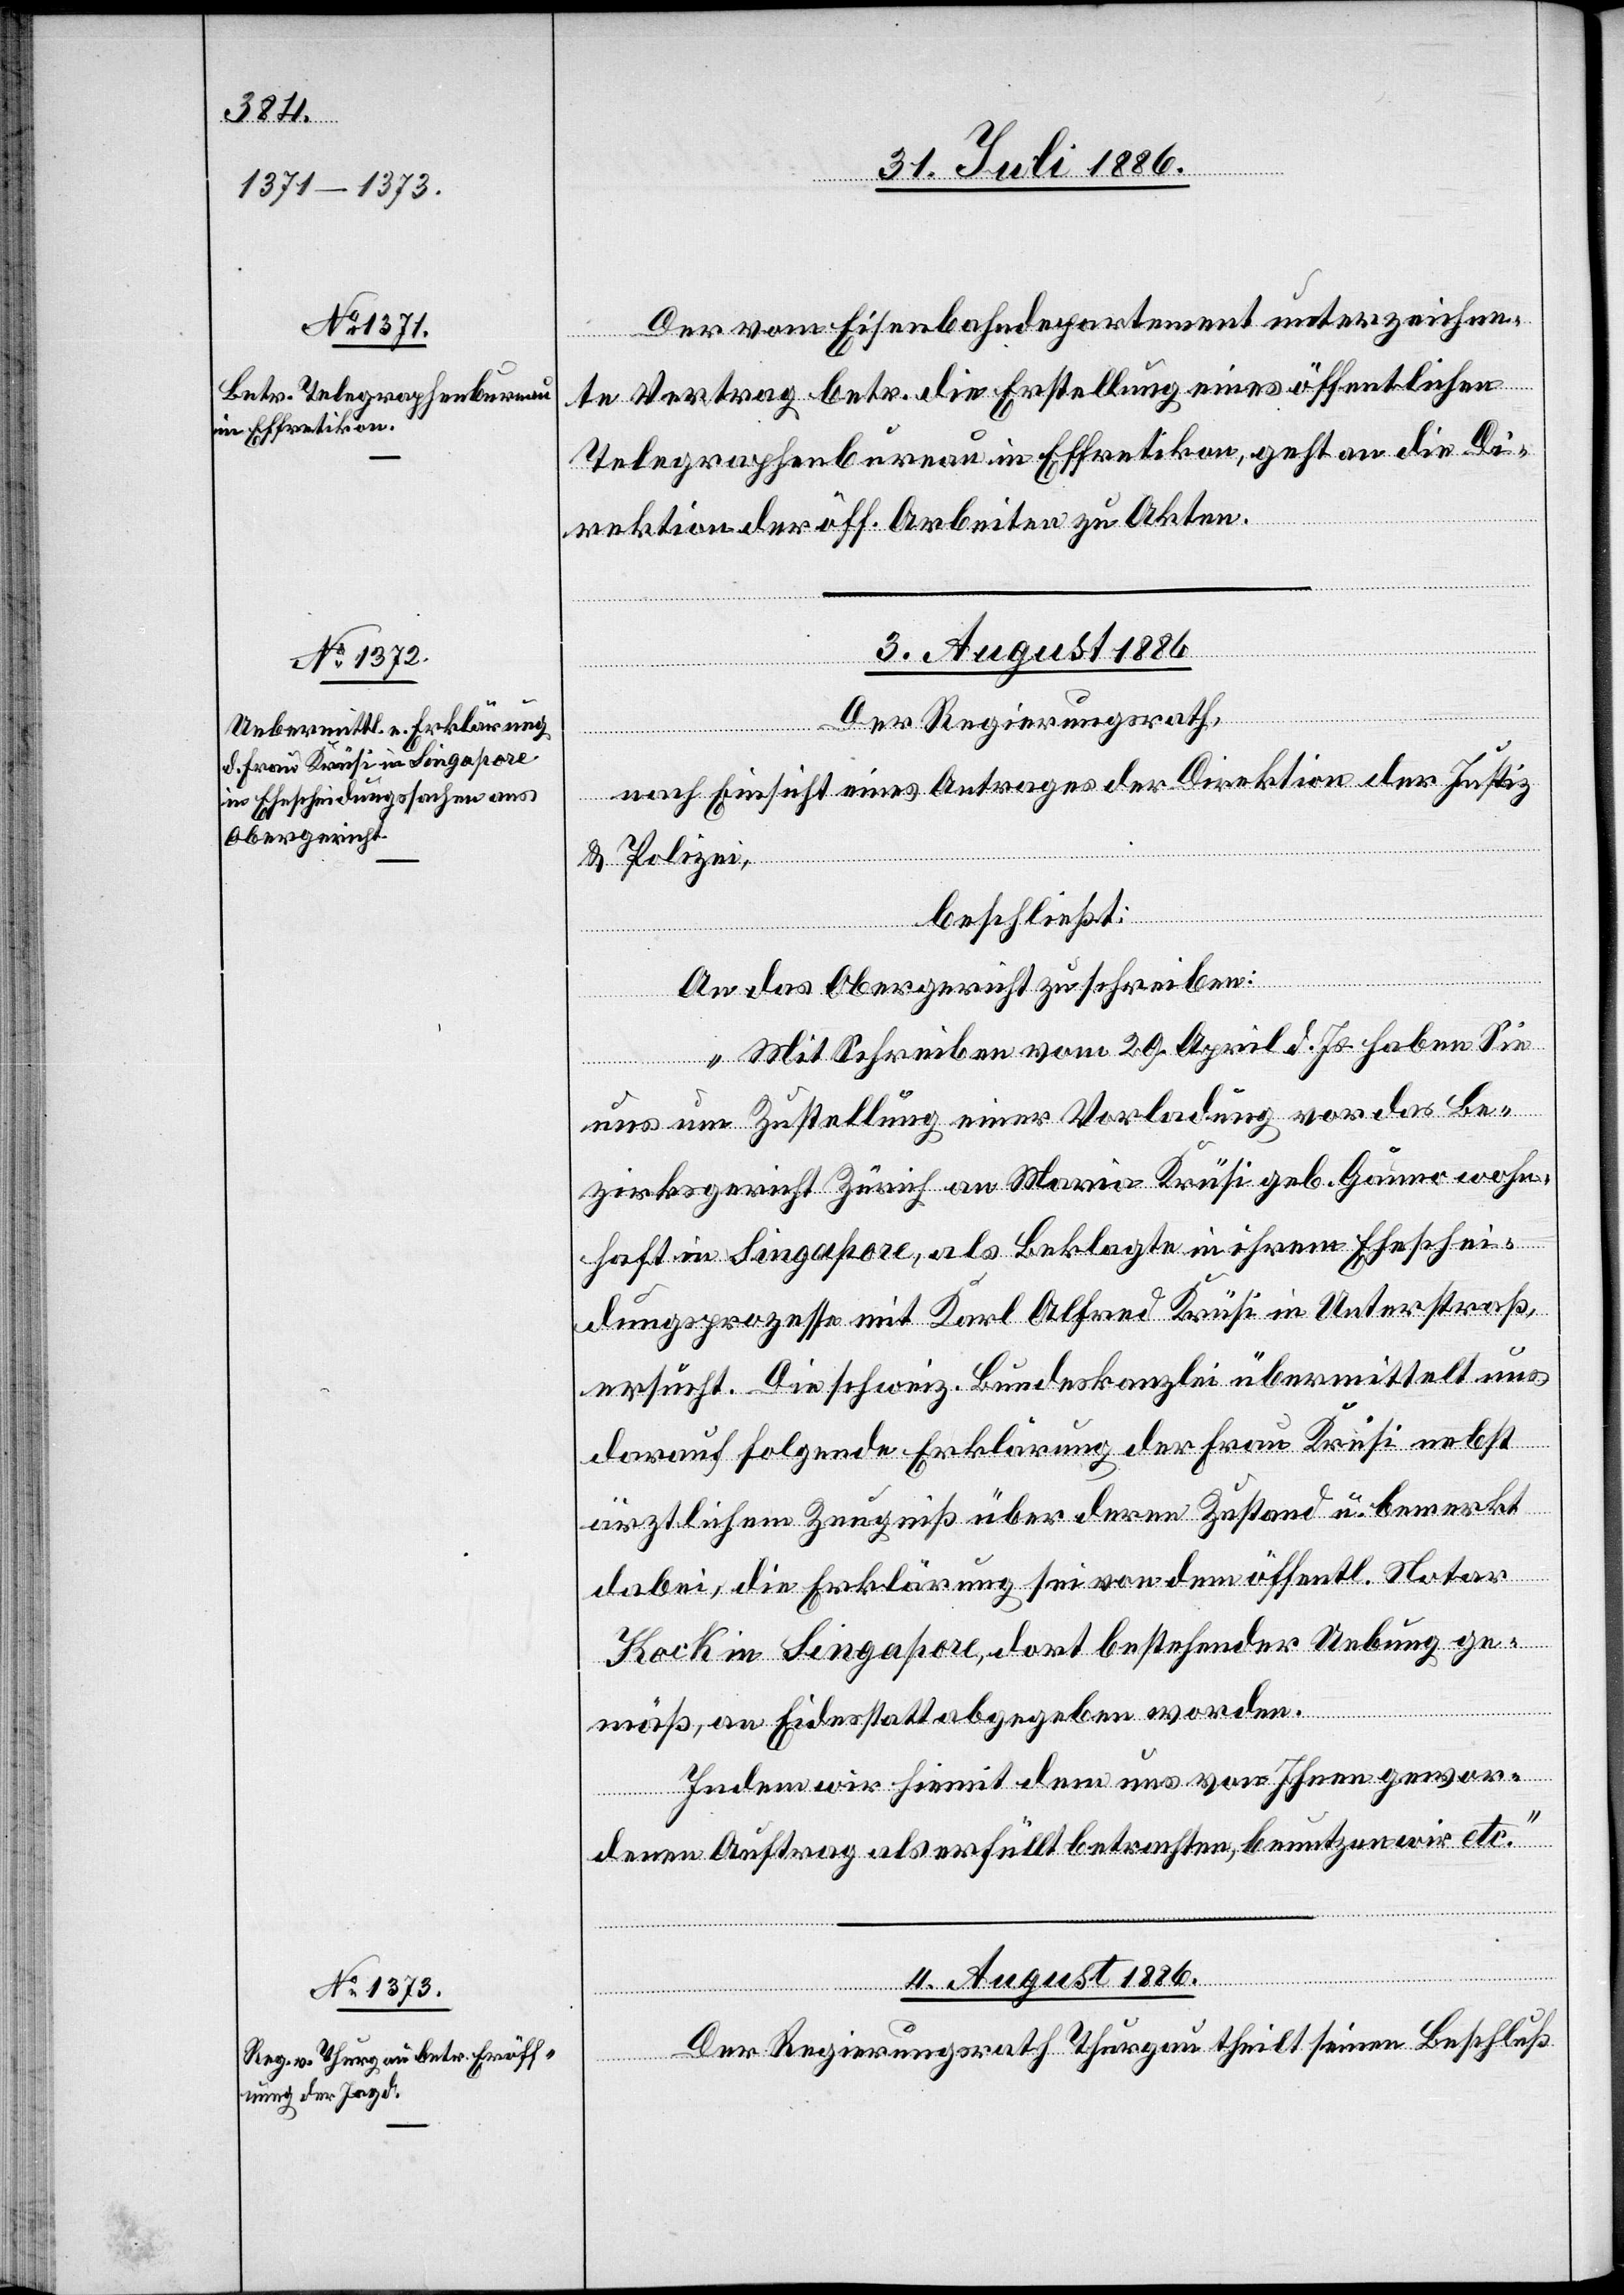
31. Juli 1886.]
Der vom Eisenbahndepartement unterzeichne¬
te Vertrag betr. die Erstellung eines öffentlichen
Telegraphenbureau in Effretikon, geht an die Di¬
rektion der öff. Arbeiten zu Akten.
3. August 1886.
lverfügungen]
Der Regierungsrath,
nach Einsicht eines Antrages der Direktion der Justiz
& Polizei,
[Präsi¬
beschließt:
Indem
An das Obergericht zu schreiben:
„Mit Schreiben vom 29. April d. Js. haben Sie
uns um Zustellung einer Vorladung vor das Be¬
zirksgericht Zürich an Maria Krüsi geb. Gauno wohn¬
haft in Singapore, als Beklagte in ihrem Eheschei¬
dungsprozesse mit Karl Alfred Krüsi in Unterstraß,
ersucht. Die schweiz. Bundeskanzlei übermittelt uns
darauf folgende Erklärung der Frau Krüsi nebst
ärztlichem Zeugniß über deren Zustand u. bemerkt
dabei, die Erklärung sei von dem öffentl. Notar
Kock in Singapore, dort bestehender Uebung ge¬
dia¬
mäß, an Eidesstatt abgegeben worden.
denen Auftrag als erfüllt betrachten, benutzen wir etc.“
4. August 1886.
Der Regierungsrath Thurgau theilt seinen Beschluß